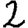
Digit: 2